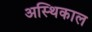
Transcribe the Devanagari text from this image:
अस्थिकाल